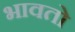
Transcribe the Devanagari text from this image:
भावतो